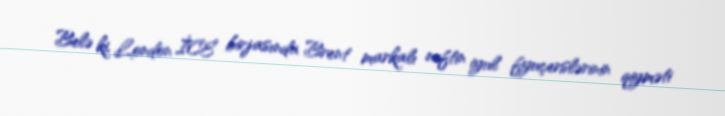
Belə ki, London İCE birjasında Brent markalı neftin iyul fyuçerslərinin qiyməti